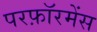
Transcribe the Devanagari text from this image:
परफ़ॉरमेंस